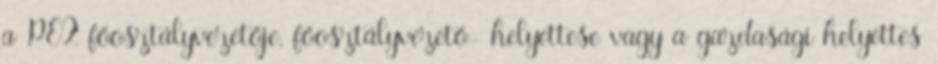
a PEF főosztályvezetője, főosztályvezető- helyettese vagy a gazdasági helyettes